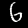
Label: 6